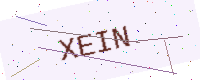
Text: XEIN